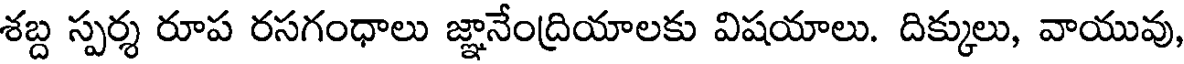
శబ్ద స్పర్శ రూప రసగంధాలు జ్ఞానేంద్రియాలకు విషయాలు. దిక్కులు, వాయువు,